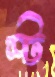
স্ট